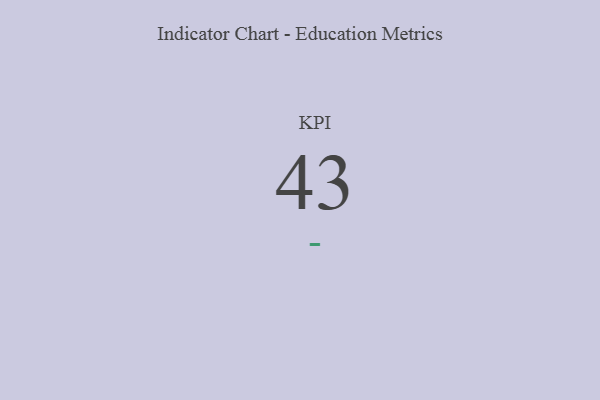
{"axis": {"x": "KPI", "y": "Value"}, "legend": [""], "data": [{"x": "KPI", "y": 43, "type": ""}]}